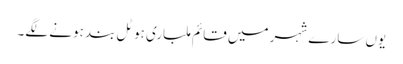
یوں سارے شہر میں قائم ملباری ہوٹل بند ہونے لگے۔